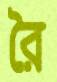
রৈ